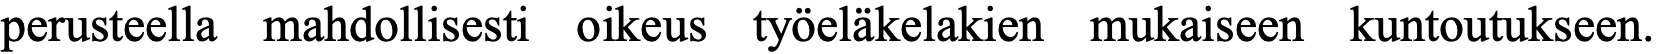
perusteella mahdollisesti oikeus työeläkelakien mukaiseen kuntoutukseen.